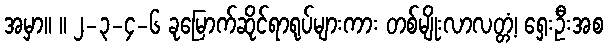
အမှာ။ ။ ၂-၃-၄-၆ ခုမြောက်ဆိုင်ရာရုပ်များကား တစ်မျိုးလာလတ္တံ့၊ ရှေးဦးအစ